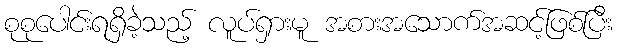
စုစုပေါင်းရရှိခဲ့သည့် လူပ်ရှားမူ အစားအသောက်အဆင့်ဖြစ်ပြီး